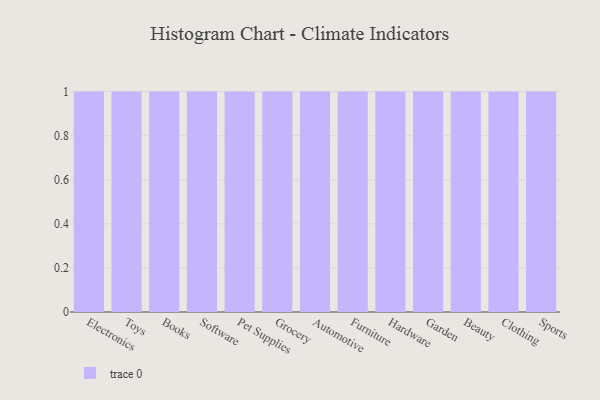
{"axis": {"x": "Category", "y": "Temperature (°C)"}, "legend": [""], "data": [{"x": "Electronics", "y": 35, "type": ""}, {"x": "Toys", "y": 84, "type": ""}, {"x": "Books", "y": 76, "type": ""}, {"x": "Software", "y": 51, "type": ""}, {"x": "Pet Supplies", "y": 12, "type": ""}, {"x": "Grocery", "y": 38, "type": ""}, {"x": "Automotive", "y": 54, "type": ""}, {"x": "Furniture", "y": 83, "type": ""}, {"x": "Hardware", "y": 71, "type": ""}, {"x": "Garden", "y": 3, "type": ""}, {"x": "Beauty", "y": 66, "type": ""}, {"x": "Clothing", "y": 71, "type": ""}, {"x": "Sports", "y": 59, "type": ""}]}